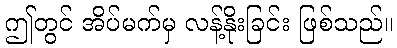
ဤတွင် အိပ်မက်မှ လန့်နိုးခြင်း ဖြစ်သည်။